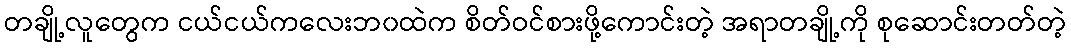
တချို့လူတွေက ငယ်ငယ်ကလေးဘ၀ထဲက စိတ်ဝင်စားဖို့ကောင်းတဲ့ အရာတချို့ကို စုဆောင်းတတ်တဲ့